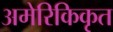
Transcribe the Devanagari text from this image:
अमेरिकिकृत